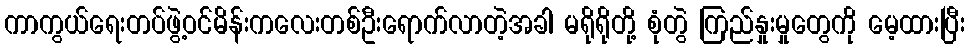
ကာကွယ်ရေးတပ်ဖွဲ့ဝင်မိန်းကလေးတစ်ဦးရောက်လာတဲ့အခါ မရိုရိုတို့ စုံတွဲ ကြည်နှုးမှုတွေကို မေ့ထားပြီး